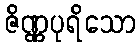
ဇိဏ္ဏပုရိသော